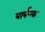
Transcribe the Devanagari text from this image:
बार्कला